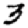
Digit: 3